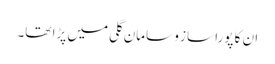
ان کا پورا ساز و سامان گلی میں پڑا تھا۔